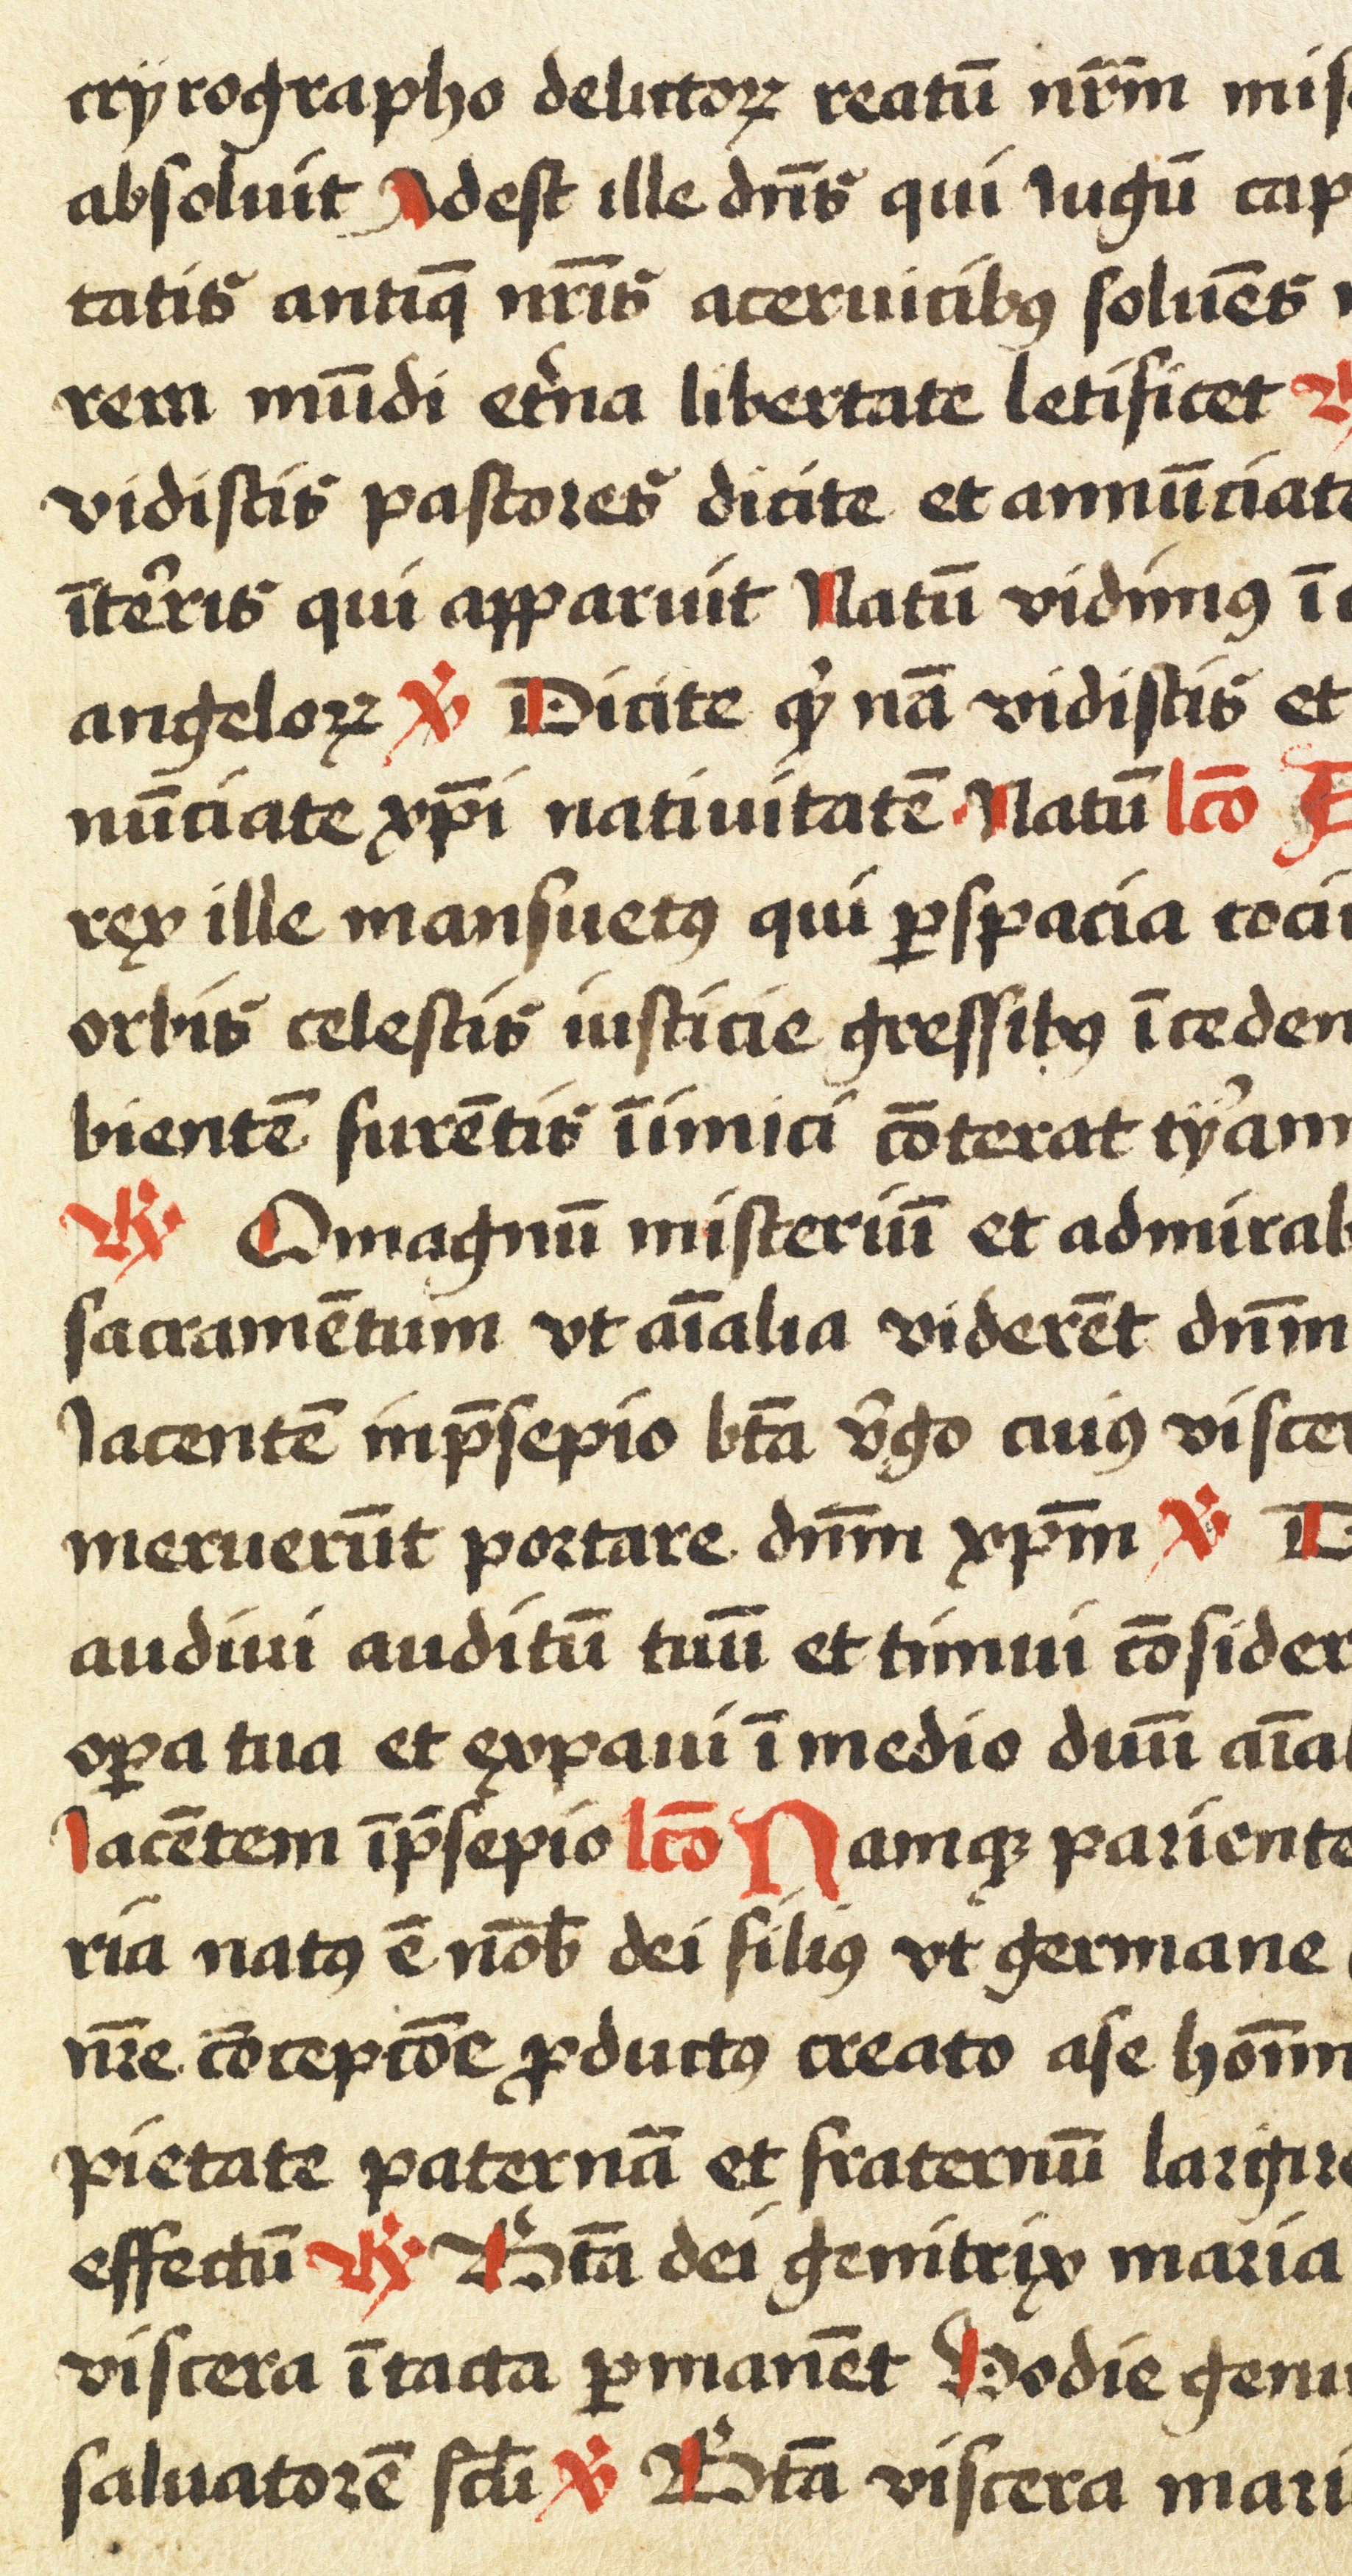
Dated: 1350–1399